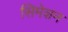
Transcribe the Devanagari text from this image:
सिमेशन